Veterinary regulations India, 1935 -
Year: 1935
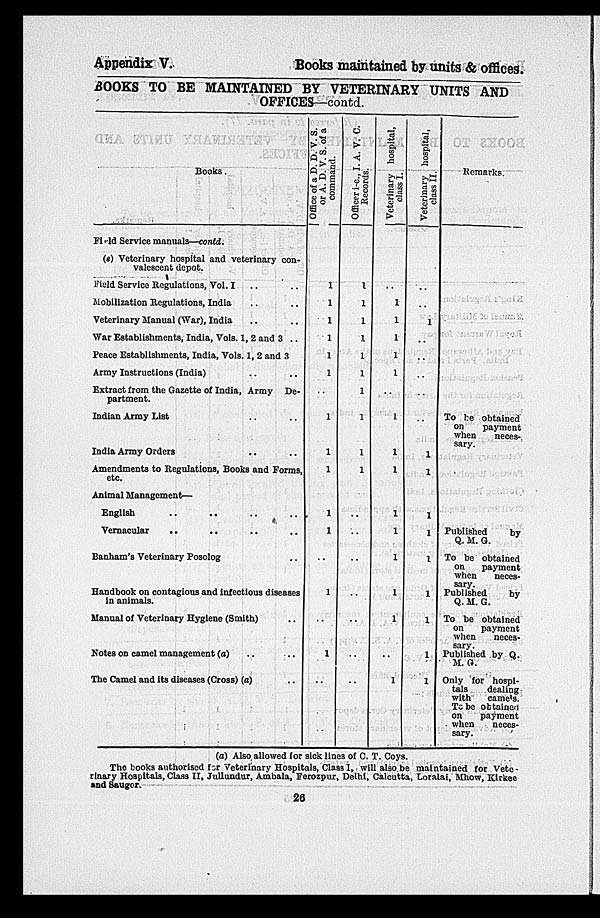
Appendix V.
Books maintained by units & offices.
BOOKS TO BE MAINTAINED BY VETERINARY UNITS AND
OFFICES—contd.
Books.
Field Service manuals—contd.
(e) Veterinary hospital and veterinary con-
valescent depot.
Field Service Regulations, Vol. I
.. ..
Mobilization Regulations, India .. ..
Veterinary Manual (War), India .. ..
War Establishments, India, Vols. 1, 2 and 3 ..
Peace Establishments, India, Vols. 1, 2 and 3
Army Instructions (India) .. ..
Extract from the Gazette of India, Army De-
partment.
Indian Army List .. ..
India Army Orders .. ..
Amendments to Regulations, Books and Forms,
etc.
Animal Management—
English .. .. .. ..
Vernacular
.. .. .. ..
Banham's Veterinary Posolog ..
Handbook on contagious and infectious diseases
in animals.
Manual of Veterinary Hygiene (Smith) ..
Notes on camel management (a) .. ..
The Camel and its diseases (Cross) (a) ..
Office of a D. D. V. S.
or A. D. V. S. of a
command.
1
1
1
1
1
1
..
1
1
1
1
1
..
1
..
1
..
Officer i-c.,
I. A. V. C.
Records.
1
1
1
1
1
1
1
1
1
1
..
..
..
..
..
..
..
Veterinary hospital,
class I.
..
1
1
1
1
1
..
1
1
1
1
1
1
1
1
..
1
Veterinary hospital,
class II.
..
..
1
..
..
..
..
..
1
1
1
1
1
1
1
1
1
Remarks.
To be obtained
on
payment
when
neces-
sary.
Published
by
Q. M. G.
To be obtained
on
payment
when
neces-
sary.
Published
by
Q. M. G.
To be obtained
on
payment
when
neces-
sary.
Published by Q.
M. G.
Only for hospi-
tals
dealing
with
came's.
To be obtained
on
payment
when
neces-
sary.
(a) Also allowed for sick lines of C. T. Coys.
The books authorised for Veterinary Hospitals, Class I, will also be maintained for Vete-
rinary Hospitals, Class II, Jullundur, Ambala, Ferozpur, Delhi, Calcutta, Loralai, Mhow, Kirkee
and Sauger.
26